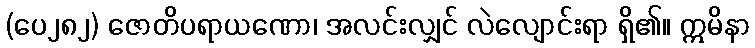
(ပေ၂၈၂) ဇောတိပရာယဏော၊ အလင်းလျှင် လဲလျောင်းရာ ရှိ၏။ ဣမိနာ